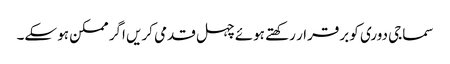
سماجی دوری کو برقرار رکھتے ہوئے چہل قدمی کریں اگر ممکن ہو سکے۔